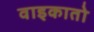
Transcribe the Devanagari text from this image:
वाइकातो